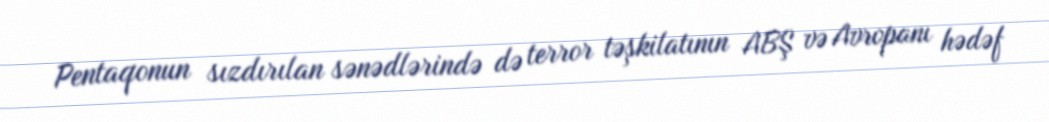
Pentaqonun sızdırılan sənədlərində də terror təşkilatının ABŞ və Avropanı hədəf